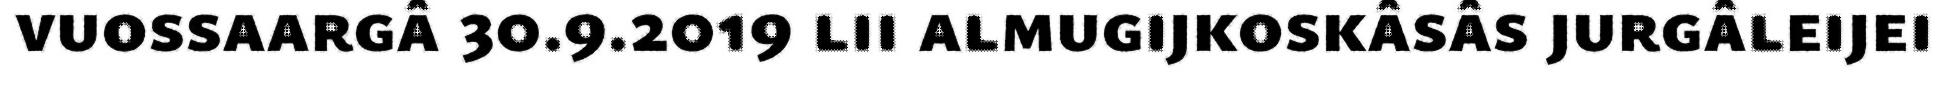
vuossaargâ 30.9.2019 lii almugijkoskâsâs jurgâleijei